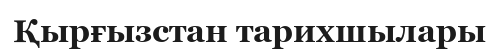
Қырғызстан тарихшылары